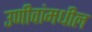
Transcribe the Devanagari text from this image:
उणीवांमधील